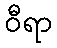
ဝီရာ